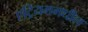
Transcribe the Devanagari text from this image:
एट्रियममधील